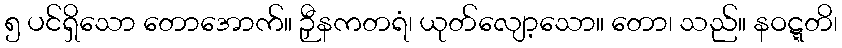
၅ ပင်ရှိသော တောအောက်။ ဉှီနကတရံ၊ ယုတ်လျော့သော။ တော၊ သည်။ နဝဋ္ဋတိ၊